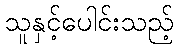
သူနှင့်ပေါင်းသည့်